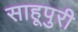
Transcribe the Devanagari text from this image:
साहूपुरी